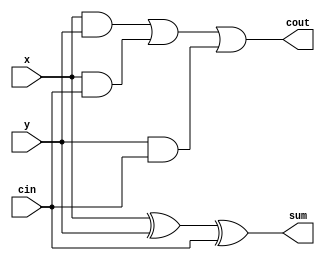
module full_adder(sum, cout, x, y, cin);

input x, y, cin;
output  sum, cout;  
  assign sum=x ^ y ^ cin;
  assign cout=(x&y)|(x&cin)| (y&cin);  
endmodule

module rca_adder_4 (sum, Cout, x, y, Cin);
input [3:0] x, y;
input Cin;
output [3:0] sum;
output Cout;
  
  wire w1,w2,w3;
  
  full_adder ha1(sum[0],w1,x[0],y[0],Cin);
  full_adder ha2(sum[1],w2,x[1],y[1],w1);
  full_adder ha3(sum[2],w3,x[2],y[2],w2);
  full_adder ha4(sum[3],Cout,x[3],y[3],w3);
  
endmodule